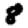
Digit: 8